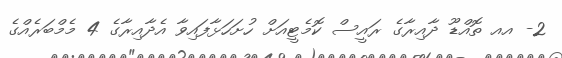
2- އއ ތޮއްޑޫ ދާއިރާގެ ރައީސް ކޮމެޓީއަށް ހުށަހަޅާފައިވާ އެދާއިރާގެ 4 މެމްބަރެއްގެ